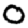
Digit: 0